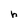
Character: h